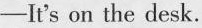
—It's on the desk.